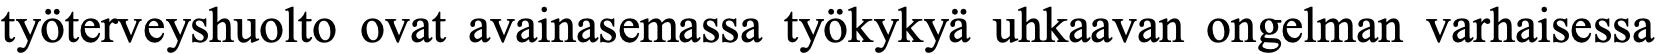
työterveyshuolto ovat avainasemassa työkykyä uhkaavan ongelman varhaisessa